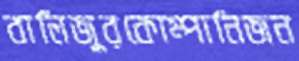
বালিজুরকোম্পানিজন